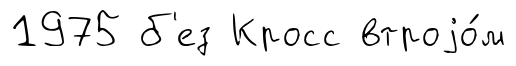
1975 б'ез Кросс втроjо́м